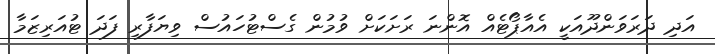
އަދި ދަރަވަންދޫއަކީ އެއާޕޯޓެއް އޮންނަ ރަށަކަށް ވުމުން ގެސްޓުހައުސް ވިޔަފާރި ފަދަ ޓުއަރިޒަމާ